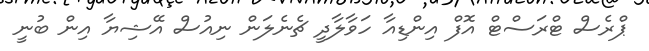
ޕްރެސް ޓްރަސްޓް އޮފް އިންޑިއާ ހަވާލާދީ ޗެނެލަން ނިއުސް އޭޝިޔާ އިން ބުނީ